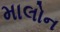
માલોન